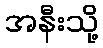
အနီးသို့